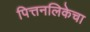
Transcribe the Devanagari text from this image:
पित्तनलिकेचा